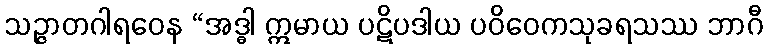
သဉ္ဇာတဂါရဝေန “အဒ္ဓါ ဣမာယ ပဋိပဒါယ ပဝိဝေကသုခရသဿ ဘာဂီ